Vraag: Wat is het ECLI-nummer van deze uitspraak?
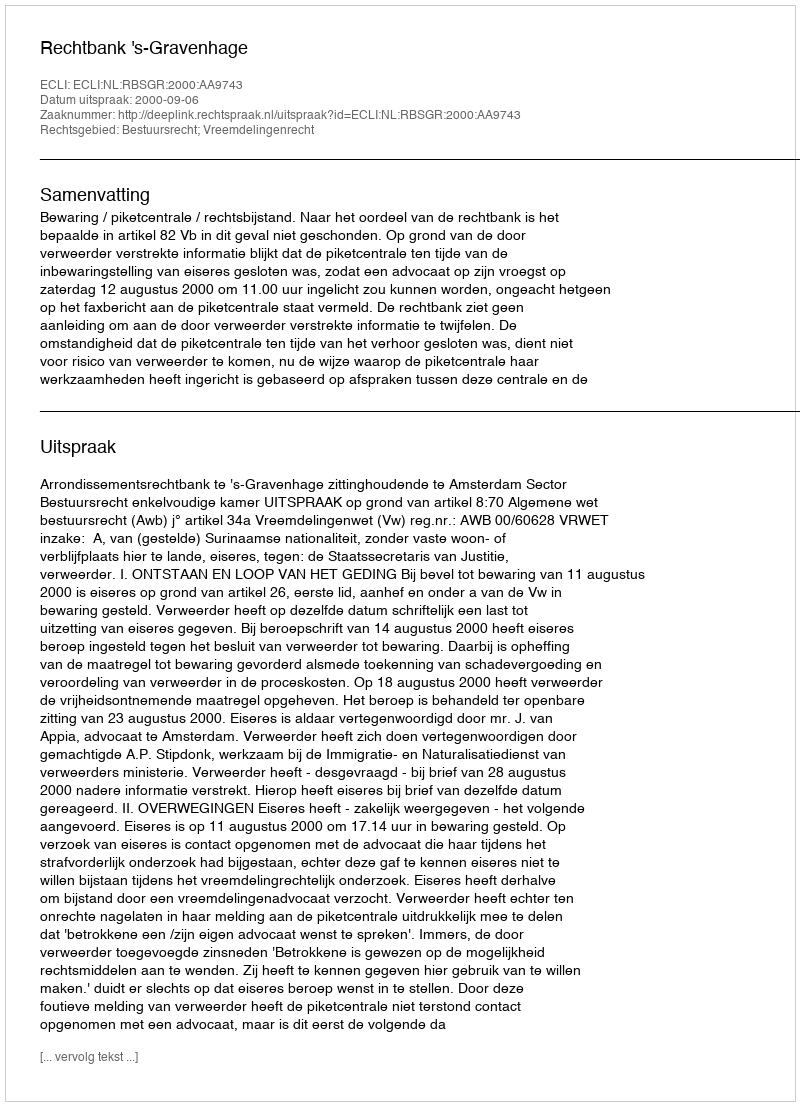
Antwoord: ECLI:NL:RBSGR:2000:AA9743